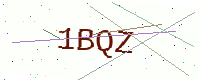
Text: 1BQZ